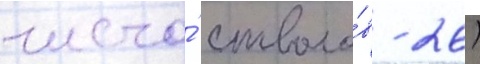
число́ стволо́в - 26)